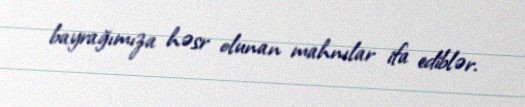
bayrağımıza həsr olunan mahnılar ifa ediblər.